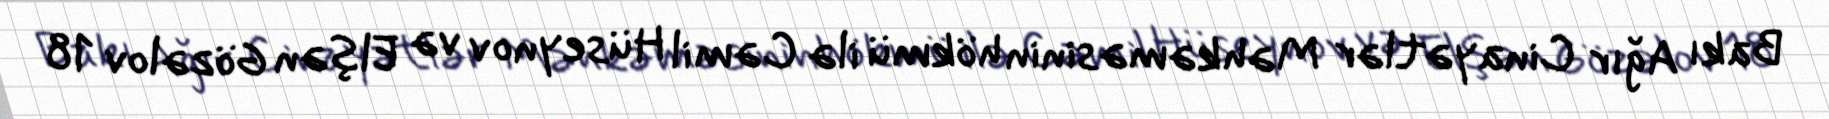
Bakı Ağır Cinayətlər Məhkəməsinin hökmü ilə Cəmil Hüseynov və Elşən Gözəlov 18